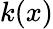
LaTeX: k(x)